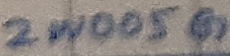
Text: 2W005G